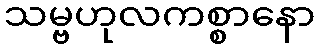
သမ္ဗဟုလကစ္စာနော